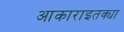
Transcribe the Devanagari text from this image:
आकाराइतक्या